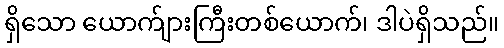
ရှိသော ယောက်ျားကြီးတစ်ယောက်၊ ဒါပဲရှိသည်။